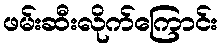
ဖမ်းဆီးလိုက်ကြောင်း